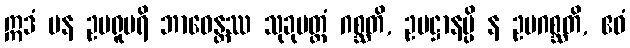
ဣဒံ ပန ဥပရူပရိ ဘာဝေန္တဿ သုခုမတ္တံ ဂစ္ဆတိ, ဥပဋ္ဌာနမ္ပိ န ဥပဂစ္ဆတိ, ဧဝံ